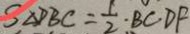
S _ { \Delta } D B C = \frac { 1 } { 2 } \cdot B C \cdot D F